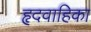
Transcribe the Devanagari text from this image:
हृदवाहिका